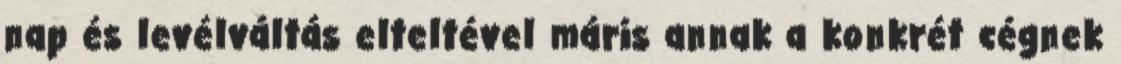
nap és levélváltás elteltével máris annak a konkrét cégnek